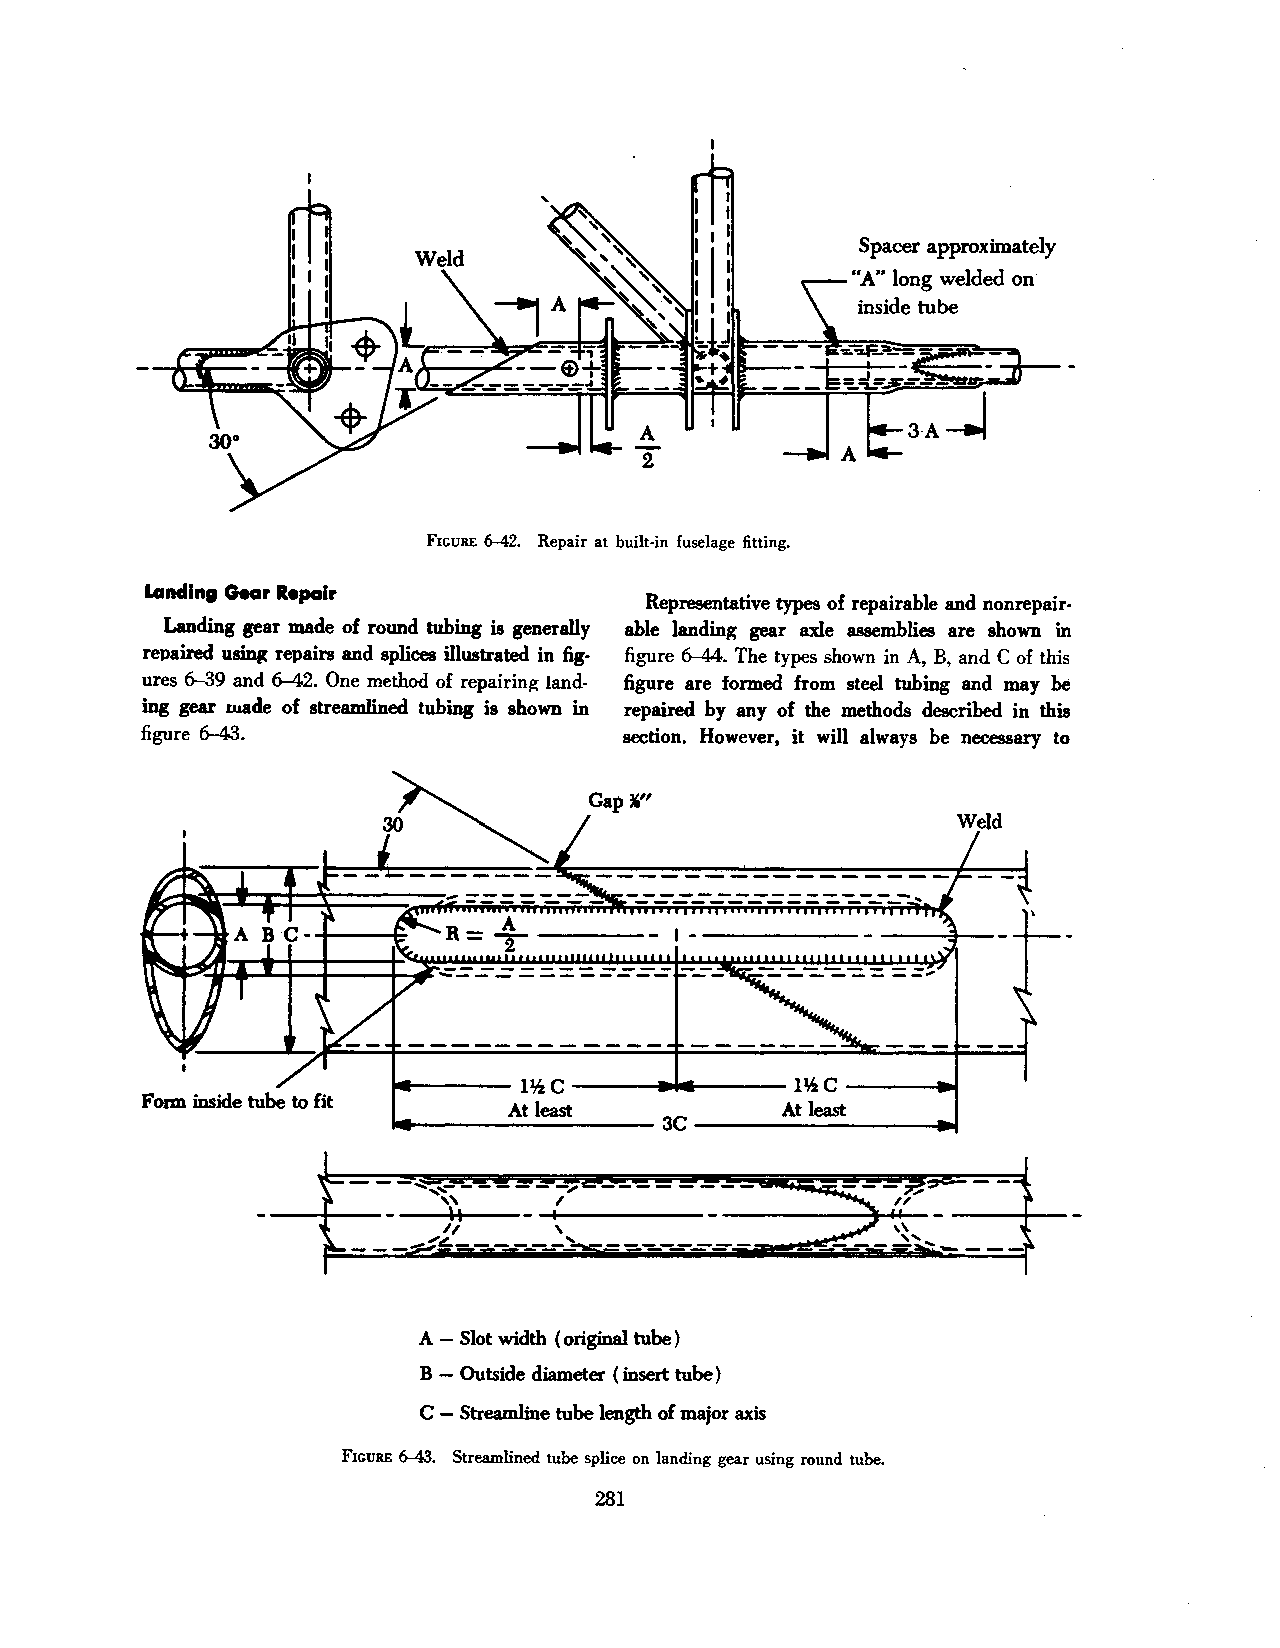
Spacer approximately
 "A" long welded on
 inside tube
 FIGURE 6-42. Repair at built-in fuselage fitting.
 Landing Gear Repair
 Representative types of repairable and nonrepair
 Landing gear made of round tubing is generally able landing gear axle assemblies are shown in
 repaired using repairs and splices illustrated in fig figure 6-44. The types shown in A, B, and C of this
 ures 6-39 and 6-42. One method of repairing land figure are formed from steel tubing and may be
 ing gear ruade of streamlined tubing is shown in repaired by any of the methods described in this
 figure 6-43.                   section. However, it will always be necessary to
 Gap~,
 ..,__ __ llk C ---------   H2 C -----.t
 ..,__ ___At _ lea _st ___ 3C -----A-t l-eas-t -1-.t
 A - Slot width (original tube)
 B - Outside diameter ( insert tube)
 C - Streamline tube length of major axis
 FIGURE 6-43. Streamlined tube splice on landing gear using round tube.
 281